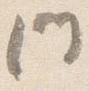
門